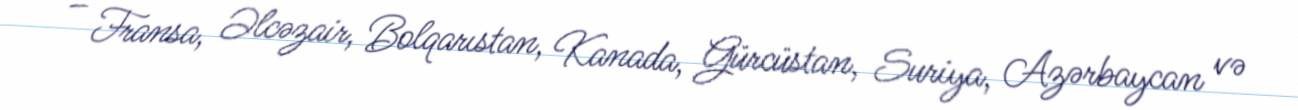
– Fransa, Əlcəzair, Bolqarıstan, Kanada, Gürcüstan, Suriya, Azərbaycan və